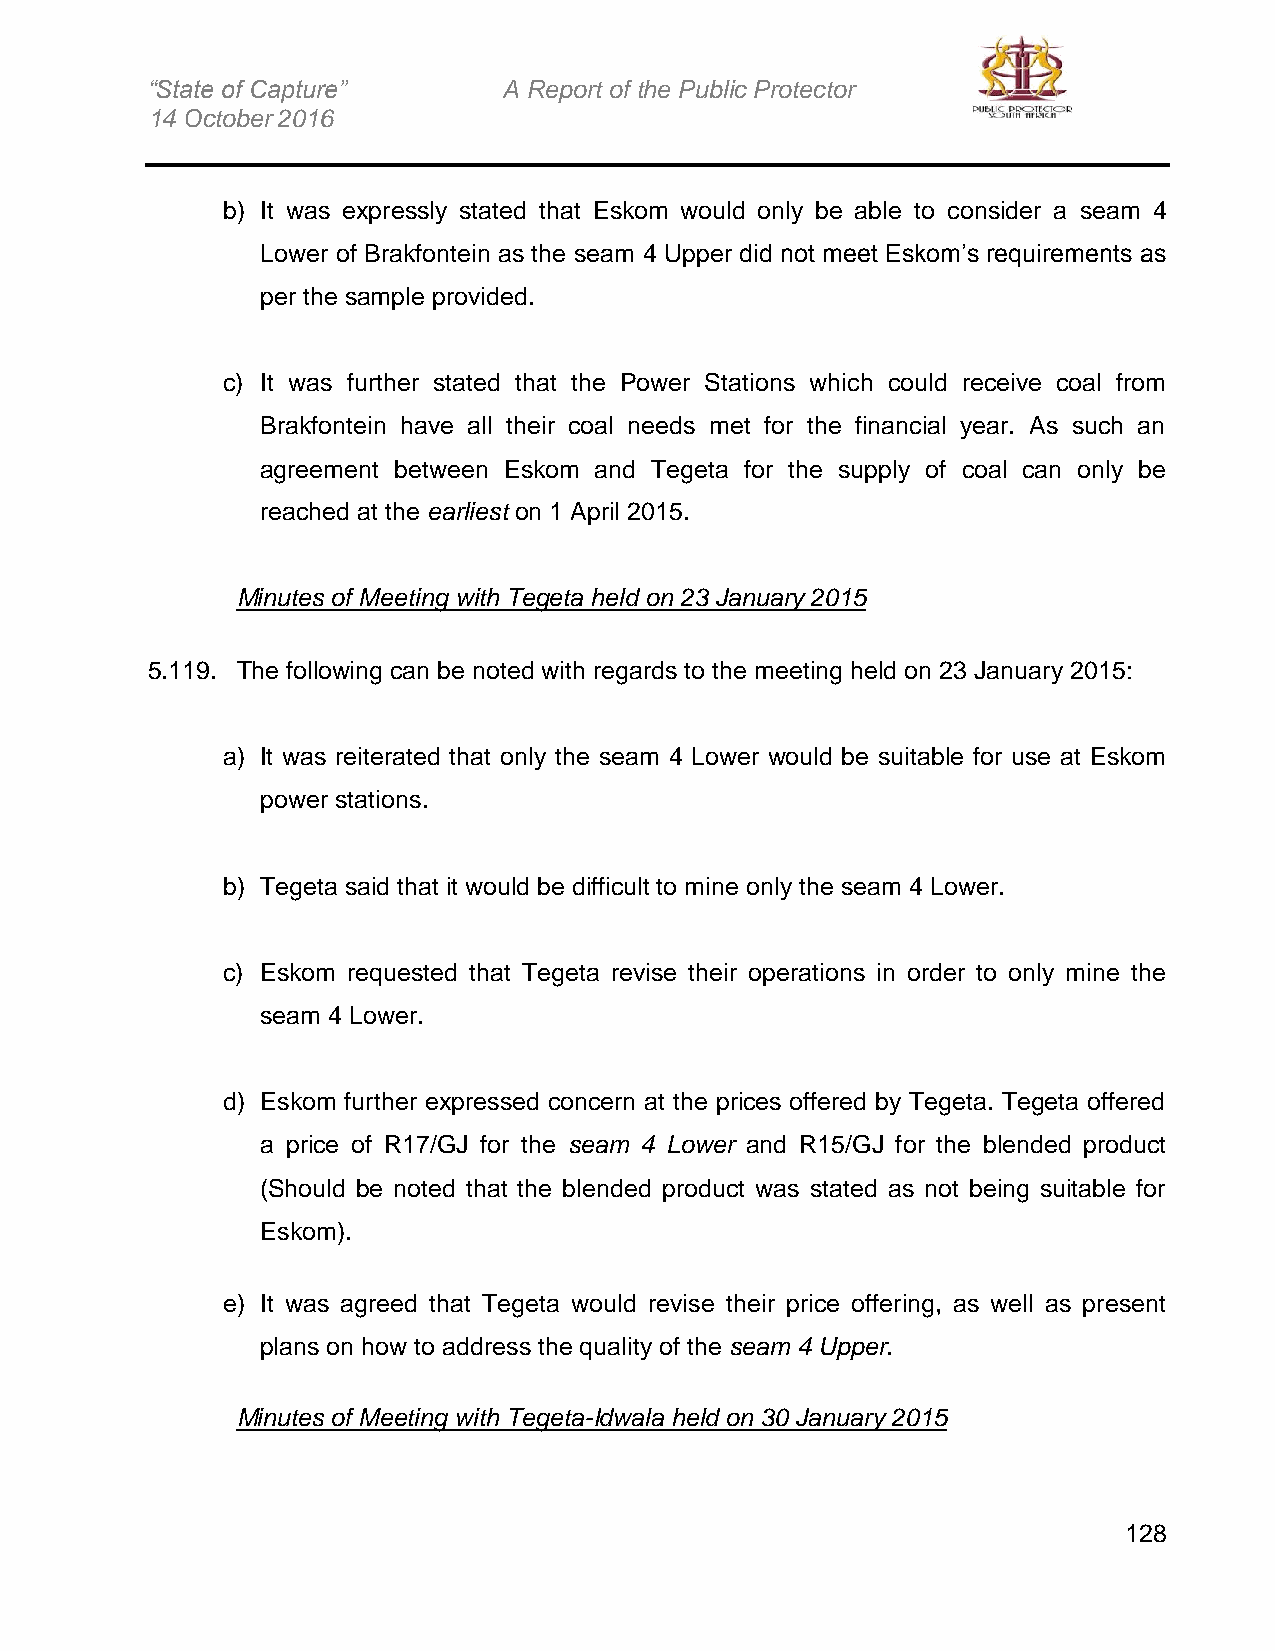
“State of Capture”     A Report of the Public Protector
 14 October 2016
 b) It was expressly stated that Eskom would only be able to consider a seam 4
 Lower of Brakfontein as the seam 4 Upper did not meet Eskom’s requirements as
 per the sample provided.
 c) It was further stated that the Power Stations which could receive coal from
 Brakfontein have all their coal needs met for the financial year. As such an
 agreement between Eskom and Tegeta for the supply of coal can only be
 reached at the earliest on 1 April 2015.
 Minutes of Meeting with Tegeta held on 23 January 2015
 5.119. The following can be noted with regards to the meeting held on 23 January 2015:
 a) It was reiterated that only the seam 4 Lower would be suitable for use at Eskom
 power stations.
 b) Tegeta said that it would be difficult to mine only the seam 4 Lower.
 c) Eskom requested that Tegeta revise their operations in order to only mine the
 seam 4 Lower.
 d) Eskom further expressed concern at the prices offered by Tegeta. Tegeta offered
 a price of R17/GJ for the seam 4 Lower and R15/GJ for the blended product
 (Should be noted that the blended product was stated as not being suitable for
 Eskom).
 e) It was agreed that Tegeta would revise their price offering, as well as present
 plans on how to address the quality of the seam 4 Upper.
 Minutes of Meeting with Tegeta-Idwala held on 30 January 2015
 128